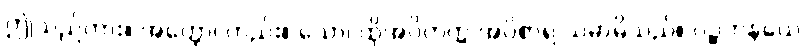
ဤသည်ကား။ အတ္ထော၊ တည်း။ သော၊ ထိုအဝိတက္က အဝိစာရ သမာဓိသည်။ ပဉ္စကနယေ၊